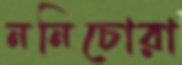
ননিচোরা